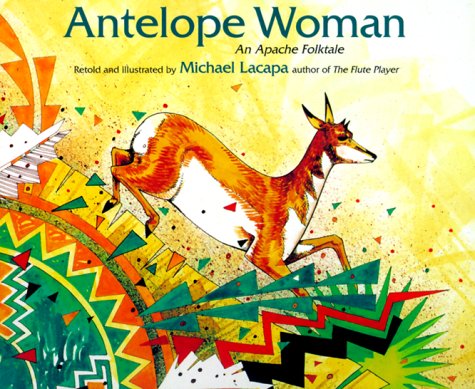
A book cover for Antelope Woman: An Apache Folktale; Children's Books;